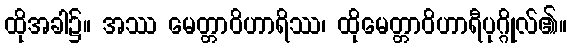
ထိုအခါ၌။ အဿ မေတ္တာဝိဟာရိဿ၊ ထိုမေတ္တာဝိဟာရီပုဂ္ဂိုလ်၏။